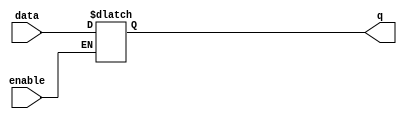
module transparent_latch (
    input wire enable,
    input wire data,
    output reg q
);

always @ (enable or data)
begin
    if (enable)
        q <= data;
end

endmodule